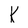
Character: K